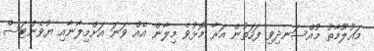
މައުލޫމާތު މުއްސަނދިވި ފަހަތުން އަރާ މޮޅުވެ މިލާން އެއް ވަނަ އަށްމިލާނާއި ޔުވެންޓަސް